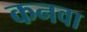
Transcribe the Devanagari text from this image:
कनवा